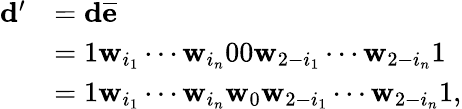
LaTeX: \begin{array}{rl}{\mathbf d^{\prime}}&{=\mathbf d\overline{{\mathbf e}}}\\ &{=1\mathbf w_{i_{1}}\cdots\mathbf w_{i_{n}}00\mathbf w_{2-i_{1}}\cdots\mathbf w_{2-i_{n}}1}\\ &{=1\mathbf w_{i_{1}}\cdots\mathbf w_{i_{n}}\mathbf w_{0}\mathbf w_{2-i_{1}}\cdots\mathbf w_{2-i_{n}}1,}\end{array}